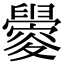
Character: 𬜀